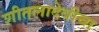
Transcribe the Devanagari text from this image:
शीतलादेवीचा